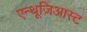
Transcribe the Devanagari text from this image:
एन्थूज़िआस्ट